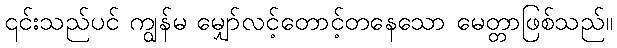
၎င်းသည်ပင် ကျွန်မ မျှော်လင့်တောင့်တနေသော မေတ္တာဖြစ်သည်။